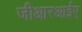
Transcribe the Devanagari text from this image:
जीआरआईए